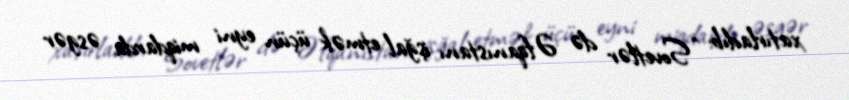
xatırladıb: “Sovetlər də Əfqanıstanı işğal etmək üçün eyni miqdarda əsgər